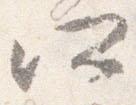
所